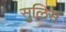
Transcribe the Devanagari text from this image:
सुलिस